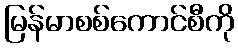
မြန်မာစစ်ကောင်စီကို